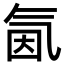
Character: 氤